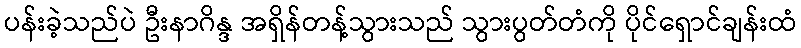
ပန်းခဲ့သည်ပဲ ဦးနာဂိန္ဒ အရှိန်တန့်သွားသည် သွားပွတ်တံကို ပိုင်ရှောင်ချန်းထံ